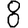
Digit: 8